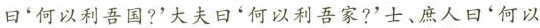
曰'何以利吾国?'大夫曰'何以利吾家?'士、庶人曰'何以